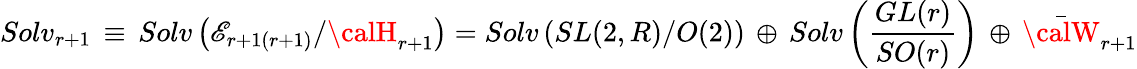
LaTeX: Solv_{r+1}\, \equiv\, Solv\left(\mathscr{E}_{r+1(r+1)}/{\calH}_{r+1}\right)=Solv\left(SL(2,R)/O(2)\right)\, \oplus\, Solv\left(\frac{{GL(r)}}{{SO(r)}}\right)\, \oplus\, {\bar{{\calW}}}_{r+1}